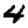
Digit: 4